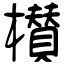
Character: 櫕